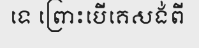
ទេ ព្រោះបើគេសង់ពី